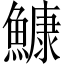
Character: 鱇